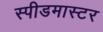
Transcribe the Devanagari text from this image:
स्पीडमास्टर